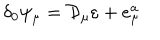
LaTeX: \delta _ { 0 } \psi _ { \mu } = \mathcal { D } _ { \mu } \varepsilon + e _ { \mu } ^ { a }